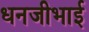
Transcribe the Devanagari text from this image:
धनजीभाई